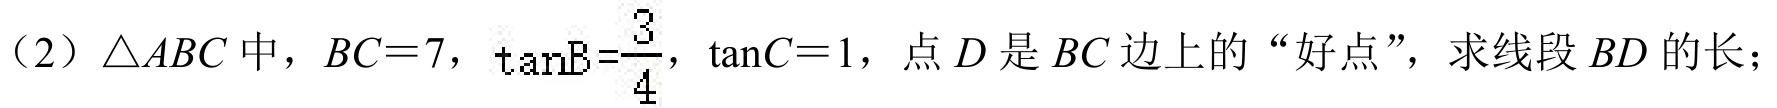
（2）\(\triangle ABC\)中，\(BC = 7\)，\(\tan B=\frac{3}{4}\)，\(\tan C = 1\)，点\(D\)是\(BC\)边上的“好点”，求线段\(BD\)的长；